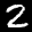
Label: 2